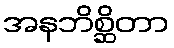
အနဘိစ္ဆိတာ